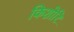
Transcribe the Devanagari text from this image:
किशोरि